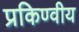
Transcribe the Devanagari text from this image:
प्रकिण्वीय